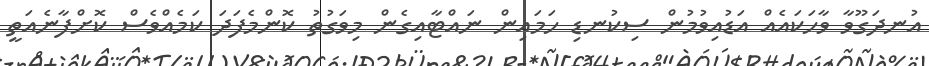
އުނދަގޫވާ ވާހަކައެއް އަޑުއިވުމުން ސިކުނޑި ހަމައިން ނައްޓާއިގެން މިވަގުތު ކޮންމެފަދަ ކަމެއްވެސް ކޮށްފާނެއަތީ